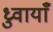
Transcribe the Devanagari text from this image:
ध्रुवायाँ